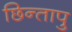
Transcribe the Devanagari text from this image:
छिन्तापु